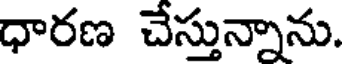
ధారణ చేస్తున్నాను.